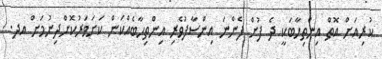
ކުރިއަށް އޮތް އިންތިހާބަކީ ދެ ފުށް ފެންނަ އިންސާފުވެރި އިންތިހާބެއްކަން ކަށަވަރުކޮށްދިނުމަށް އދ.